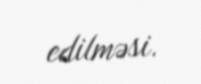
edilməsi.